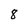
Character: 8